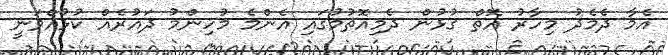
އެމާ ދެމެދު މިހާރު އޮތް ގުޅުން ދެމިއޮތުމުގައި އެންމެ މުހިންމު ދައުރެއް ކުޅުއްވަނީ